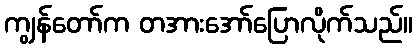
ကျွန်တော်က တအားအော်ပြောလိုက်သည်။